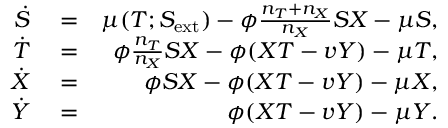
\begin{array} { r l r } { \dot { S } } & { { } = } & { \mu ( T ; S _ { \mathrm { e x t } } ) - \phi \frac { n _ { T } + n _ { X } } { n _ { X } } S X - \mu S , } \\ { \dot { T } } & { { } = } & { \phi \frac { n _ { T } } { n _ { X } } S X - \phi ( X T - v Y ) - \mu T , } \\ { \dot { X } } & { { } = } & { \phi S X - \phi ( X T - v Y ) - \mu X , } \\ { \dot { Y } } & { { } = } & { \phi ( X T - v Y ) - \mu Y . } \end{array}